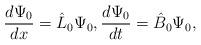
LaTeX: \begin{align*}\dfrac{d\Psi_0}{dx}=\hat{L}_0\Psi_0,\dfrac{d\Psi_0}{dt}=\hat{B}_0\Psi_0,\end{align*}